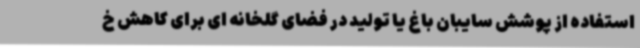
استفاده از پوشش سایبان باغ یا تولید در فضای گلخانه ای برای کاهش خ